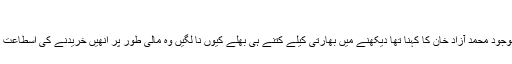
‘‘
لیکن قریب موجود محمد آزاد خان کا کہنا تھا دیکھنے میں بھارتی کیلے کتنے ہی بھلے کیوں نا لگیں وہ مالی طور پر انھیں خریدنے کی اسطاعت نہیں رکھتے۔